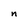
Character: n